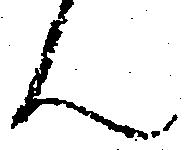
ん